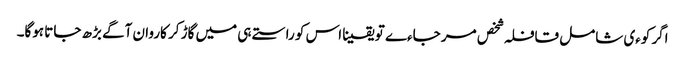
اگر کوءی شامل قافلہ شخص مر جاءے تو یقینا اس کو راستے ہی میں گاڑ کر کاروان آگے بڑھ جاتا ہوگا۔